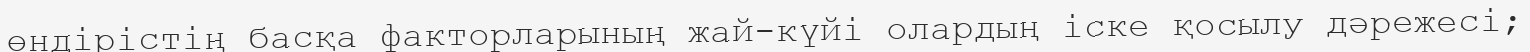
өндірістің басқа факторларының жай-күйі олардың іске қосылу дәрежесі;